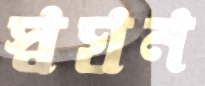
স্বঘন